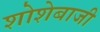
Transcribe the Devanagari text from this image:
शोशेबाजी